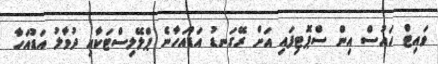
ވައިޓް ހައުސް އިން ސްޕޮޓިފައި އަށް ރޭގަނޑު އަޑުއަހާނެ ޕްލޭލިސްޓަކާއި ދުވާލު އަޑުއަހާ